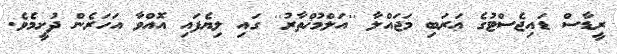
ރީޑާސް ޑައިޖެސްޓުގެ ޢަރަބި މަޖައްލާ ''އަލްމުޚްތާރު'' ގައި ލިޔެފައި އޮއްވާ އަހަރެން ދުށީމެވެ.